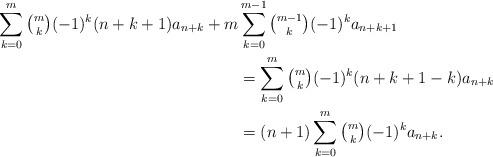
LaTeX: \begin{align*}\sum_{k=0}^m\tbinom{m}{k}(-1)^k (n+k+1)a_{n+k} + m&\sum_{k=0}^{m-1}\tbinom{m-1}{k}(-1)^ka_{n+k+1}\\&= \sum_{k=0}^m\tbinom{m}{k}(-1)^k(n+k+1-k)a_{n+k}\\&= (n+1)\sum_{k=0}^m\tbinom{m}{k}(-1)^ka_{n+k}.\end{align*}